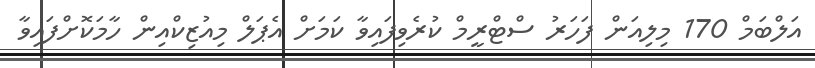
އަލްބަމް 170 މިލިއަން ފަހަރު ސްޓްރީމް ކުރެވިފައިވާ ކަމަށް އެޕަލް މިއުޒިކްއިން ހާމަކޮށްފައިވާ